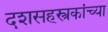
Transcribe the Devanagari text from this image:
दशसहस्त्रकांच्या